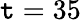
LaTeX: \mathtt{t}=35